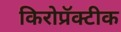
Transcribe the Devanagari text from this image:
किरोप्रॅक्टीक